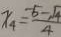
x _ { 4 } = \frac { - 5 - \sqrt { 4 } } { 4 }